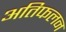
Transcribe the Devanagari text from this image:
अतिफलन